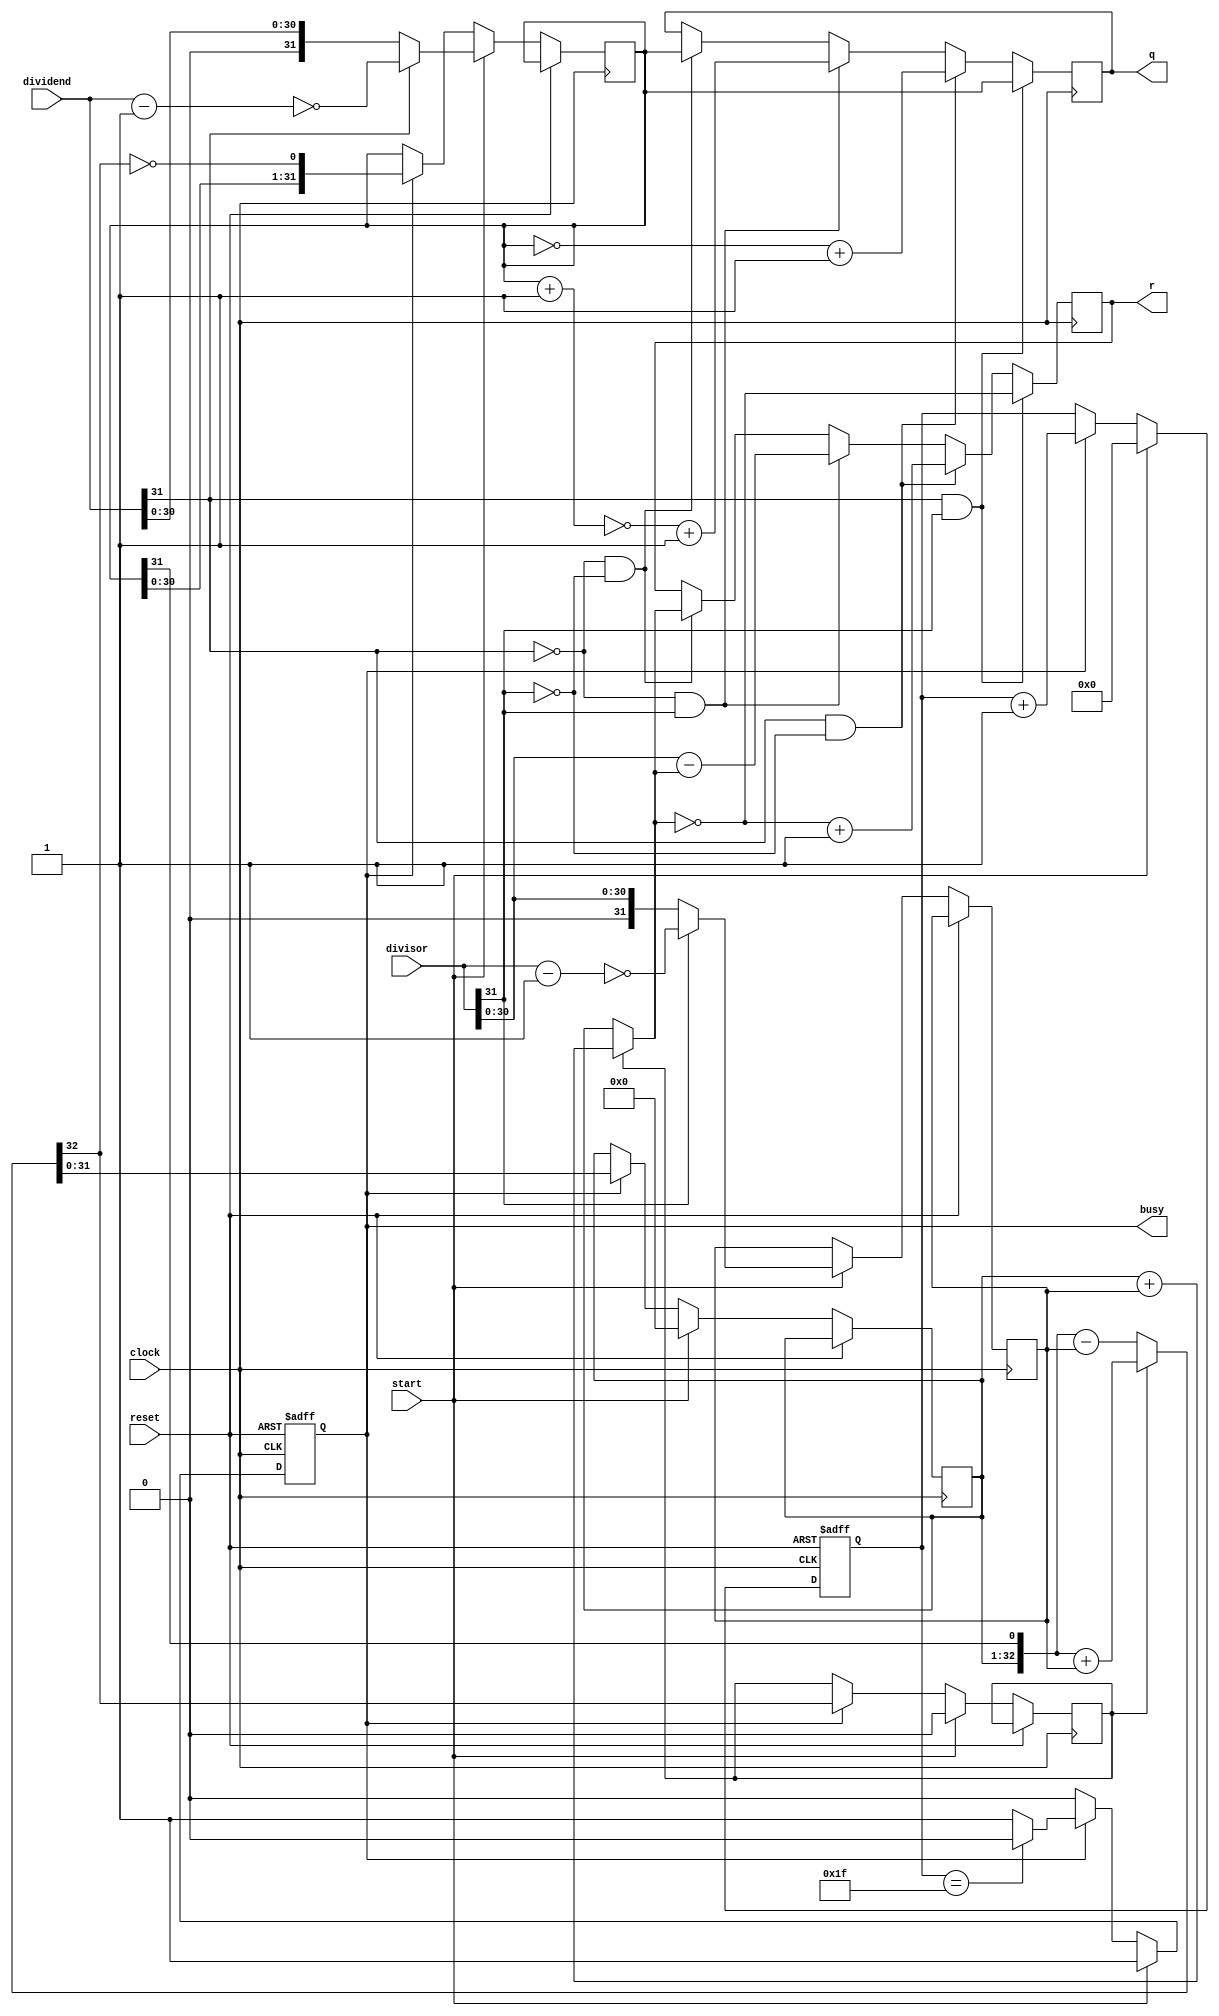
`timescale 1ns / 1ps
//////////////////////////////////////////////////////////////////////////////////
// Company: 
// Engineer: 
// 
// Design Name: 
// Module Name: DIV_temp
// Project Name: 
// Target Devices: 
// Tool Versions: 
// Description: 
// 
// Dependencies: 
// 
// Revision:
// Revision 0.01 - File Created
// Additional Comments:
// 
//////////////////////////////////////////////////////////////////////////////////


module DIV_temp(input [31:0]dividend,
input [31:0]divisor,
input start,
input clock,
input reset,
output reg [31:0]q,
output reg [31:0]r,
output reg busy
);
wire ready;
wire [31:0]q_select;
wire [31:0]r_select;
wire [31:0]divide;
wire [31:0]diviso;
wire [31:0]middle_divide;
wire [31:0]middle_diviso;
reg [31:0]replace_den;
assign middle_divide=dividend-32'b1;
assign middle_diviso=divisor-32'b1;
assign divide=(dividend[31]==1'b1)?{1'b0,~middle_divide}:dividend;
assign diviso=(divisor[31]==1'b1)?{1'b0,~middle_diviso}:divisor;
reg [4:0]count;
reg [31:0]reg_q;
reg [31:0]reg_r;
reg [31:0]reg_b;
reg busy2,r_sign;
assign ready=~busy&busy2;
wire [32:0]sub_add=r_sign?({reg_r,q_select[31]}+{1'b0,reg_b}):({reg_r,q_select[31]}-{1'b0,reg_b});
assign r_select=r_sign?reg_r+reg_b:reg_r;
assign q_select=reg_q;
always @(posedge clock or posedge reset)begin
if(reset==1)begin
count<=5'b0;
busy<=0;
busy2<=0;
end else begin
 busy2<=busy;
 if(start)begin
 reg_r<=32'b0;
 r_sign<=0;
 reg_q<=divide;
 reg_b<=diviso;
 count<=5'b0;
 busy<=1'b1;
 end 
 else if(busy)
 begin
 reg_r<=sub_add[31:0];
 r_sign<=sub_add[32];
 reg_q<={reg_q[30:0],~sub_add[32]};
 count<=count+5'b1;
 if(count==5'b11111) busy<=0;
 end
end
end
reg [31:0]replace_final;
always @(posedge clock)begin
if(dividend[31]==1&&divisor[31]==1)
begin
q=q_select;
replace_final[31:0]=~r_select[31:0];
r[31:0]=replace_final[31:0];
end
else if(dividend[31]==1&&divisor[31]==0)
begin
replace_final[31:0]=~q_select[31:0];
replace_final[31:0]=replace_final[31:0]+32'b1;
q[31:0]=replace_final[31:0];
replace_final[31:0]=~r_select[31:0];
replace_final[31:0]=replace_final[31:0]+32'b1;
r[31:0]=replace_final[31:0];
end
else if(dividend[31]==0&&divisor[31]==1)
begin
q=q_select+1;
replace_final[31:0]=~q[31:0];
replace_final=replace_final+32'b1;
q[31:0]=replace_final[31:0];
r={1'b0,divisor[30:0]}-r_select;
end
else if(dividend[31]==0&&divisor[31]==0)
begin
r<=r_select;
q<=q_select;
end
end
endmodule